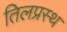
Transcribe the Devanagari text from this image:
तिलप्रस्थ